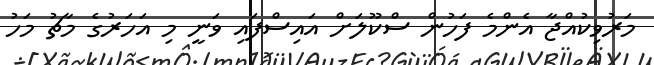
މަރުވިކުއްޖާ އެންމެ ފަހުން ސްކޫލަށް އައިސްފައި ވަނީ މި އަހަރުގެ މާޗު މަހު